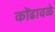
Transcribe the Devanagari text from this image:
कोंढावळे